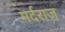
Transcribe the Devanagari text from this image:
मर्दराज